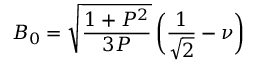
B _ { 0 } = \sqrt { \frac { 1 + P ^ { 2 } } { 3 P } } \, \biggl ( \frac { 1 } { \sqrt { 2 } } - \nu \biggr )